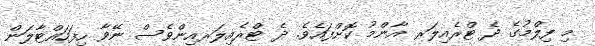
މި ފިލްމުގެ ދެ ޓްރެއިލަރ އާންމު ކޮށްފައެވެ. ދެ ޓްރެއިލަރއިންވެސް ނޭވާ ހިފަހައްޓާލަން